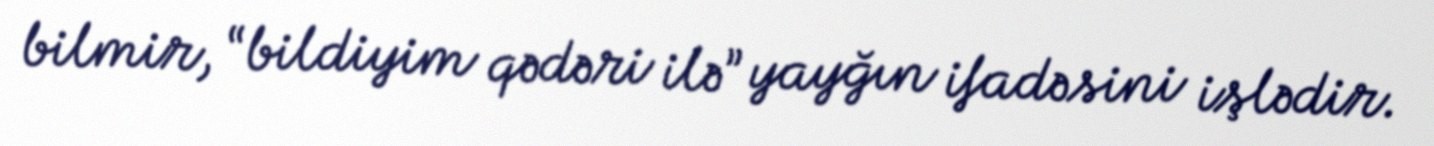
bilmir, “bildiyim qədəri ilə” yayğın ifadəsini işlədir.